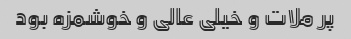
پر ملات و خیلی عالی و خوشمزه بود